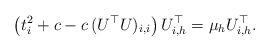
LaTeX: \begin{align*}\left( t_i^2 + c - c \, (U^\top U)_{i,i} \right) U^\top_{i,h} = \mu_h U^\top_{i,h}.\end{align*}